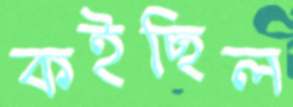
কইছিল